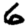
Digit: 6